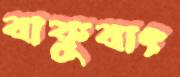
বাকুবাং